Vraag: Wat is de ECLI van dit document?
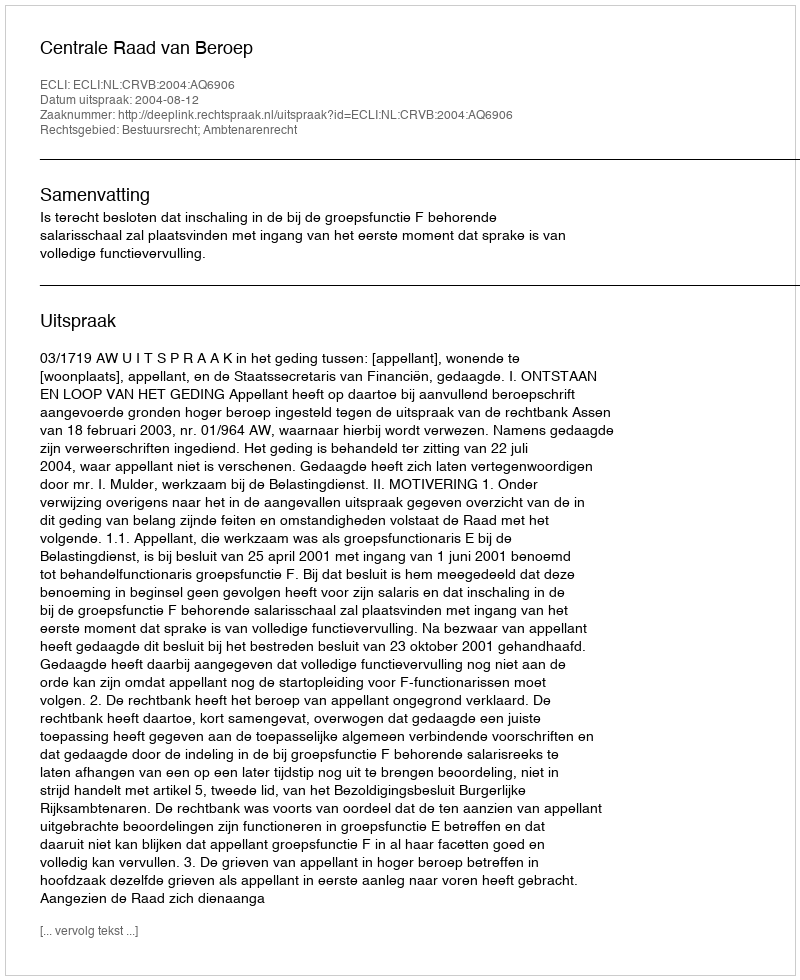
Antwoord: ECLI:NL:CRVB:2004:AQ6906